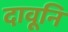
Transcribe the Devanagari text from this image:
दावूनि